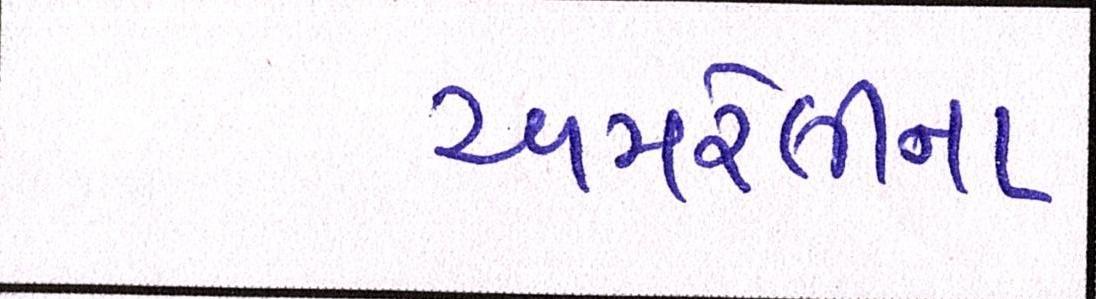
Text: અમરેલીના